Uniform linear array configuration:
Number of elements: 48
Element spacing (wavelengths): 0.75
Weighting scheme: hamming
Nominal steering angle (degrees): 0
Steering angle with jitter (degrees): -0.1288
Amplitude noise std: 0.05
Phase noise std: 0.05

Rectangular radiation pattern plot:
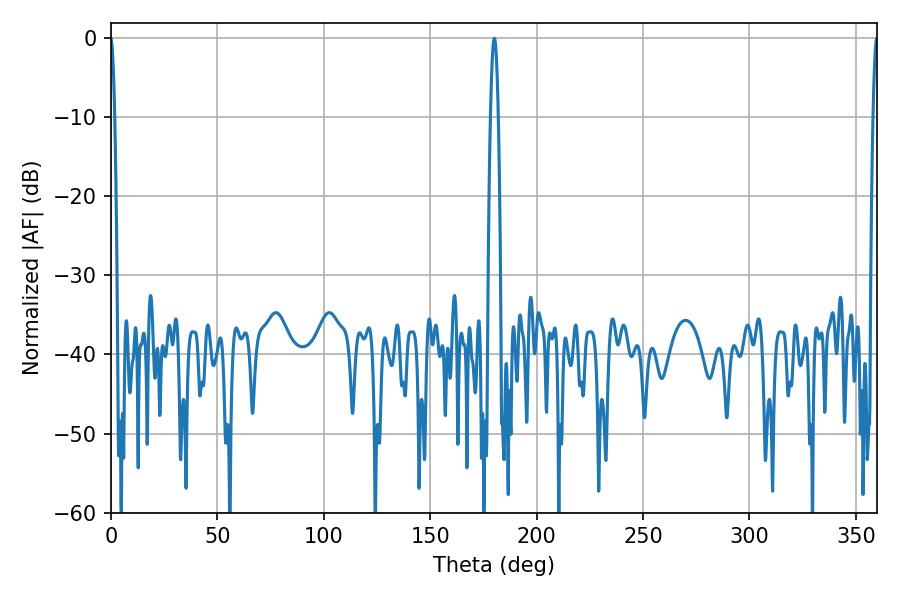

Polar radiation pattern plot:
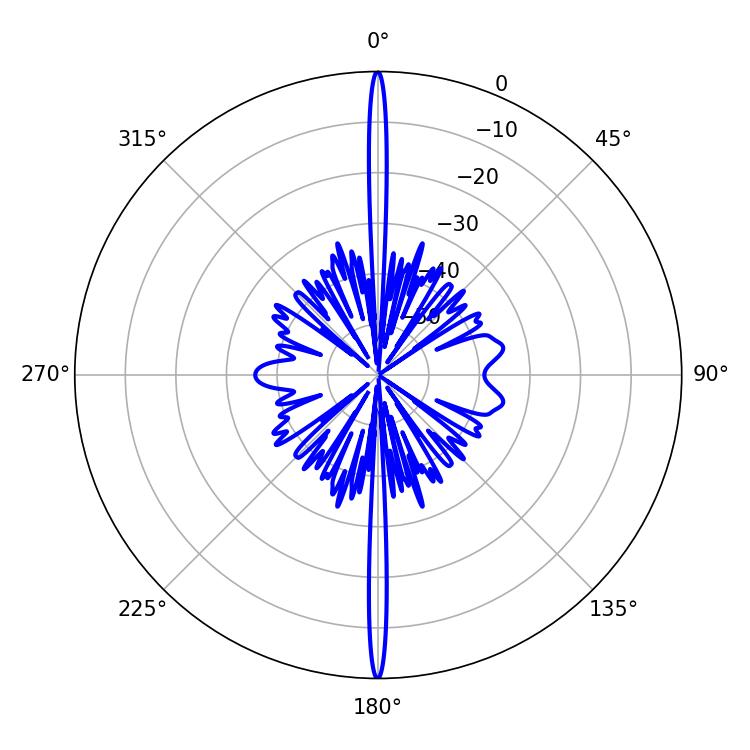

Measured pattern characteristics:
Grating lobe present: TRUE
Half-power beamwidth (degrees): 1.08
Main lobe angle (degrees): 359.82